画像に写った文字を読んでください
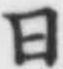
「日」と書いてあります